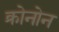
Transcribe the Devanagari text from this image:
क्रोनोन